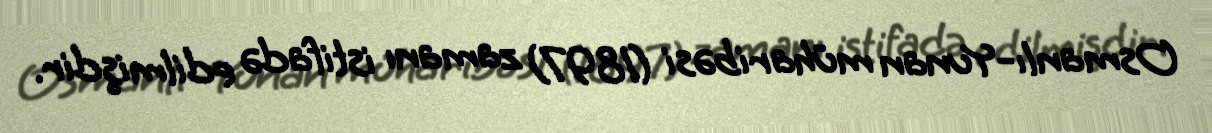
Osmanlı-Yunan müharibəsi (1897) zamanı istifadə edilmişdir.